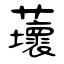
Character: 蘾